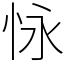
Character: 怺